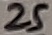
Text: 25